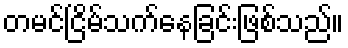
တမင်ငြိမ်သက်နေခြင်းဖြစ်သည်။